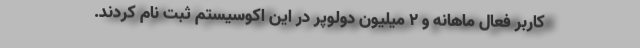
کاربر فعال ماهانه و ۲ میلیون دولوپر در این اکوسیستم ثبت نام کردند.